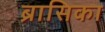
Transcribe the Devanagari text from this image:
ब्रासिका